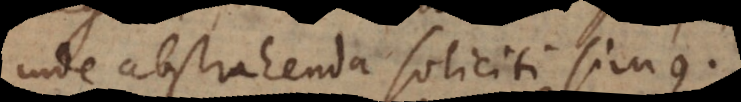
inde abstrahenda soliciti simus.